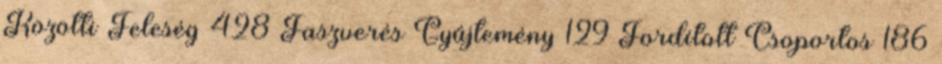
Közötti Feleség 428 Faszverés Gyűjtemény 129 Fordított Csoportos 186